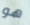
هو